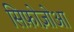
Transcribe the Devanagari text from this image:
सिफ़ोज़ोआ